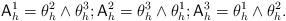
LaTeX: \begin{align*} \mathsf A^1_h=\theta^2_h\wedge \theta^3_h; \mathsf A^2_h=\theta^3_h\wedge \theta^1_h; \mathsf A^3_h=\theta^1_h\wedge \theta^2_h. \end{align*}